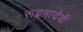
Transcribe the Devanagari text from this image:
रूद्रमादेवी